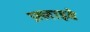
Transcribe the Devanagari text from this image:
फ़्लाइबे